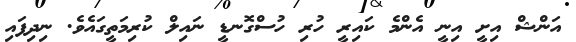
އަންޝް އިށީ އިނީ އެންމެ ކައިރީ ހުރި ހުސްގޮނޑީ ނައިލް ކުރިމަތީގައެވެ. ނިދިފައި